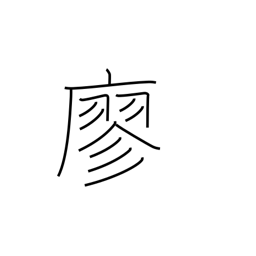
Meaning: empty